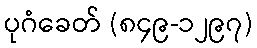
ပုဂံခေတ် (၈၄၉-၁၂၉၇)